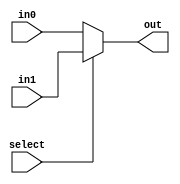
module mux2to1_3_bit(select, in0, in1, out);
	input select;
	input [2:0] in0, in1;
	output [2:0] out;
	assign out = select ? in1 : in0;
endmodule